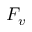
F _ { v }